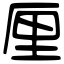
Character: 厘